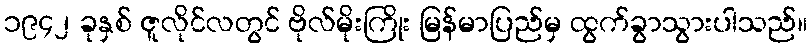
၁၉၄၂ ခုနှစ် ဇူလိုင်လတွင် ဗိုလ်မိုးကြိုး မြန်မာပြည်မှ ထွက်ခွာသွားပါသည်။